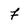
Character: f